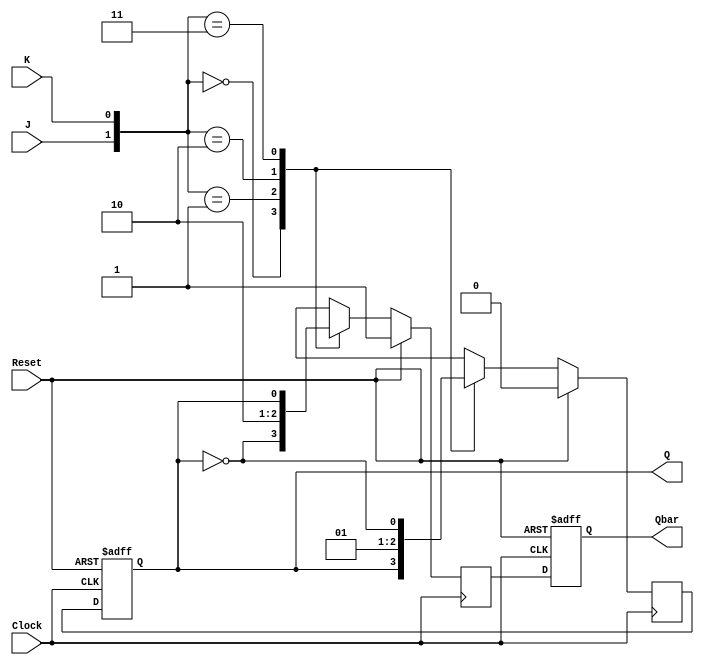
module neg_edge_jk_ff(
    input J, 
    input K, 
    input Clock, 
    input Reset, 
    output reg Q, 
    output reg Qbar
);

reg Q_next, Qbar_next;

always @(negedge Clock) begin
    if (Reset == 1'b1) begin
        Q_next <= 1'b0;
        Qbar_next <= 1'b1;
    end else begin
        case ({J, K})
            2'b00: begin
                Q_next <= Q;
                Qbar_next <= ~Q;
            end
            2'b01: begin
                Q_next <= 1'b0;
                Qbar_next <= 1'b1;
            end
            2'b10: begin
                Q_next <= 1'b1;
                Qbar_next <= 1'b0;
            end
            2'b11: begin
                Q_next <= ~Q;
                Qbar_next <= Q;
            end
        endcase
    end
end

always @(posedge Clock or posedge Reset) begin
    if (Reset == 1'b1) begin
        Q <= 1'b0;
        Qbar <= 1'b1;
    end else begin
        Q <= Q_next;
        Qbar <= Qbar_next;
    end
end

endmodule